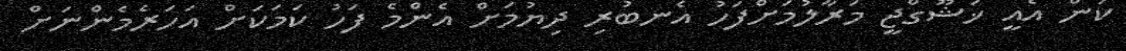
ކަން އެއީ ޚަޝޫގްޖީ މަރާލުމަށްފަހު އެނބުރި ދިޔުމަށް އެންމެ ފަހު ކަމަކަށް އަހަރެމެންނަށް